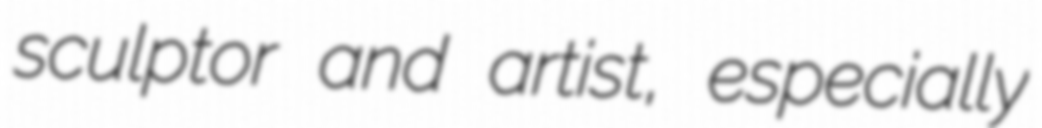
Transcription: sculptor and artist, especially